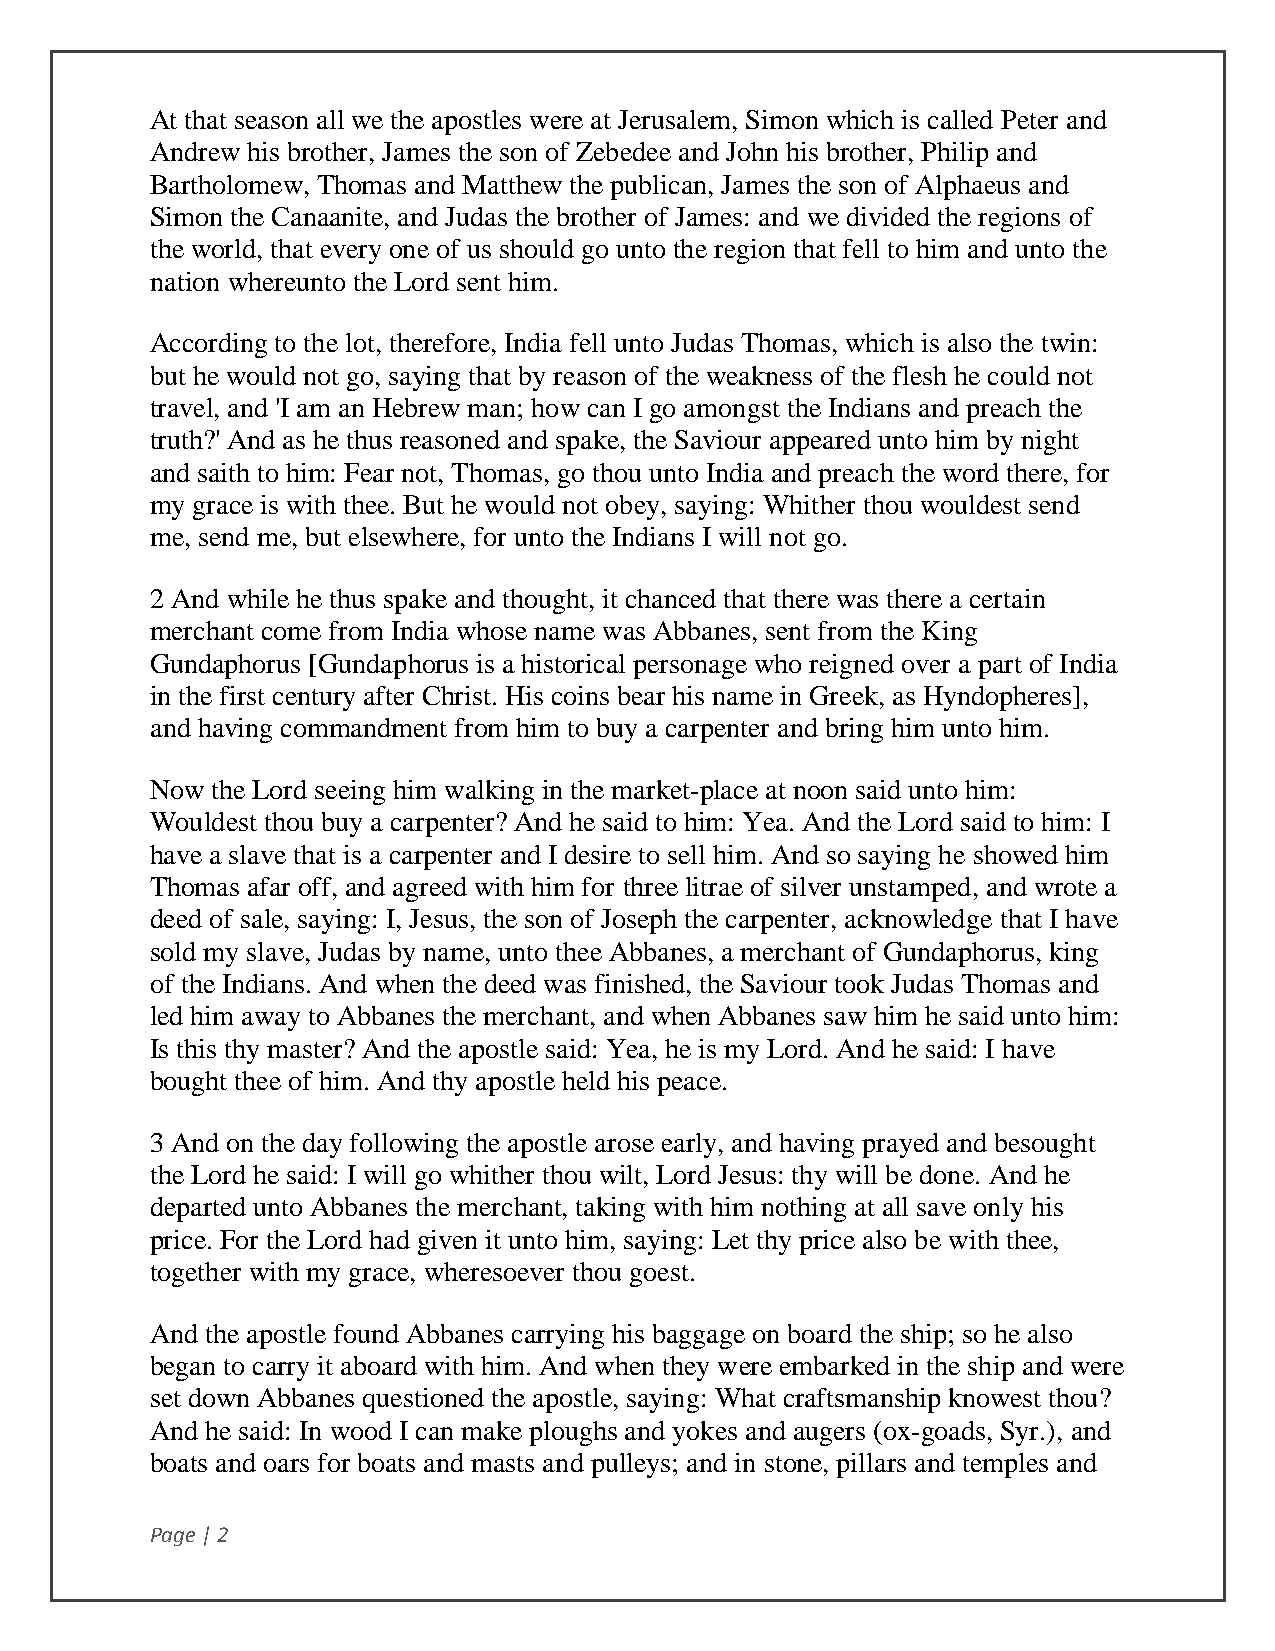
At that season all we the apostles were at Jerusalem, Simon which is called Peter and
 Andrew his brother, James the son of Zebedee and John his brother, Philip and
 Bartholomew, Thomas and Matthew the publican, James the son of Alphaeus and
 Simon the Canaanite, and Judas the brother of James: and we divided the regions of
 the world, that every one of us should go unto the region that fell to him and unto the
 nation whereunto the Lord sent him.
 According to the lot, therefore, India fell unto Judas Thomas, which is also the twin:
 but he would not go, saying that by reason of the weakness of the flesh he could not
 travel, and 'I am an Hebrew man; how can I go amongst the Indians and preach the
 truth?' And as he thus reasoned and spake, the Saviour appeared unto him by night
 and saith to him: Fear not, Thomas, go thou unto India and preach the word there, for
 my grace is with thee. But he would not obey, saying: Whither thou wouldest send
 me, send me, but elsewhere, for unto the Indians I will not go.
 2 And while he thus spake and thought, it chanced that there was there a certain
 merchant come from India whose name was Abbanes, sent from the King
 Gundaphorus [Gundaphorus is a historical personage who reigned over a part of India
 in the first century after Christ. His coins bear his name in Greek, as Hyndopheres],
 and having commandment from him to buy a carpenter and bring him unto him.
 Now the Lord seeing him walking in the market-place at noon said unto him:
 Wouldest thou buy a carpenter? And he said to him: Yea. And the Lord said to him: I
 have a slave that is a carpenter and I desire to sell him. And so saying he showed him
 Thomas afar off, and agreed with him for three litrae of silver unstamped, and wrote a
 deed of sale, saying: I, Jesus, the son of Joseph the carpenter, acknowledge that I have
 sold my slave, Judas by name, unto thee Abbanes, a merchant of Gundaphorus, king
 of the Indians. And when the deed was finished, the Saviour took Judas Thomas and
 led him away to Abbanes the merchant, and when Abbanes saw him he said unto him:
 Is this thy master? And the apostle said: Yea, he is my Lord. And he said: I have
 bought thee of him. And thy apostle held his peace.
 3 And on the day following the apostle arose early, and having prayed and besought
 the Lord he said: I will go whither thou wilt, Lord Jesus: thy will be done. And he
 departed unto Abbanes the merchant, taking with him nothing at all save only his
 price. For the Lord had given it unto him, saying: Let thy price also be with thee,
 together with my grace, wheresoever thou goest.
 And the apostle found Abbanes carrying his baggage on board the ship; so he also
 began to carry it aboard with him. And when they were embarked in the ship and were
 set down Abbanes questioned the apostle, saying: What craftsmanship knowest thou?
 And he said: In wood I can make ploughs and yokes and augers (ox-goads, Syr.), and
 boats and oars for boats and masts and pulleys; and in stone, pillars and temples and
 Page | 2